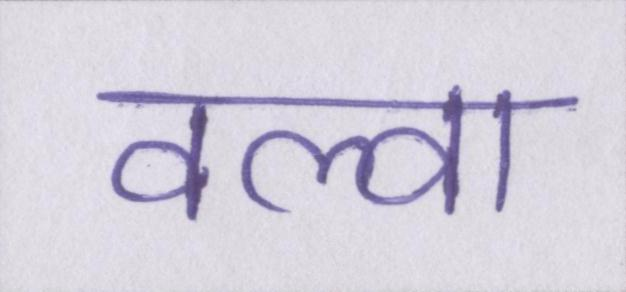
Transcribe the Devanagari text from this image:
वल्वा